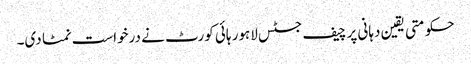
حکومتی یقین دہانی پر چیف جسٹس لاہور ہائی کورٹ نے درخواست نمٹا دی۔